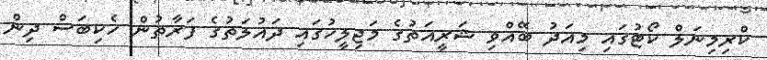
ކްރިމިނަލް ކޯޓުގައި މިއަދު ބޭއްވި ޝަރީއަތުގެ މަޖިލީހުގައި ދައުލަތުގެ ފަރާތުން ހެކިބަސް ދިން